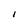
Character: I